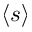
\langle s \rangle